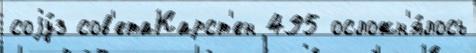
соjу́з сов'етаКарст'ен 495 осложн'я́лось